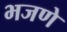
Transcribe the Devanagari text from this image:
भजणे